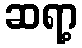
ဆရာ့